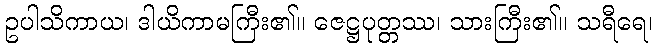
ဥပါသိကာယ၊ ဒါယိကာမကြီး၏။ ဇေဋ္ဌပုတ္တဿ၊ သားကြီး၏။ သရီရေ၊